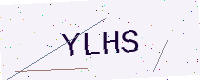
Text: YLHS